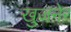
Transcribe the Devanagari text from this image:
खुजनेर